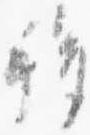
移